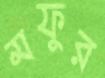
মফুর